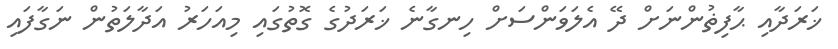
ޚަރަދާއި ޙާފިޡުންނަށް ދޭ އެލަވަންސަށް ހިނގާނެ ޚަރަދުގެ ގޮތުގައި މިއަހަރު އަދާލަތުން ނަގާފައި